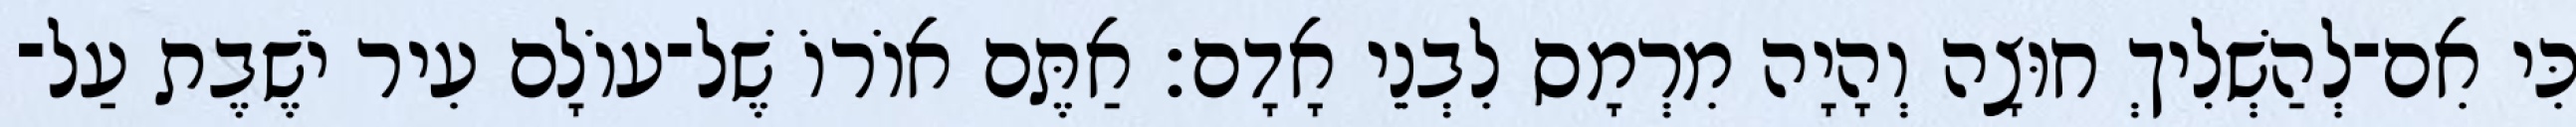
כִּי אִם־לְהַשְׁלִיךְ חוּצָה וְהָיָה מִרְמָס לִבְנֵי אָדָם׃ אַתֶּם אוֹרוֹ שֶׁל־עוֹלָם עִיר יֹשֶׁבֶת עַל־